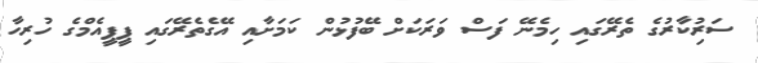
ސަރުިކާރުގެ ތެރޭގައި ހިމެނޭ ފަސް ވަރަކަށް ބޭފުޅުން ކަމަށާއި އޭގެތެރޭގައި ޕީޕީއެމްގެ ހުރިހާ